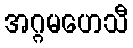
အဂ္ဂမဟေသီ